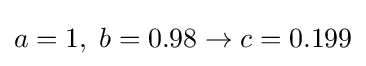
a=1,\;b=0.98\to c=0.199